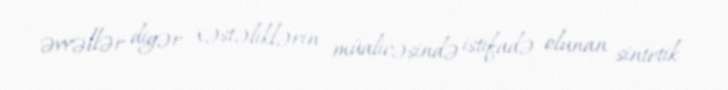
əvvəllər digər xəstəliklərin müalicəsində istifadə olunan sintetik